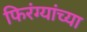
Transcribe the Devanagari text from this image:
फिरंग्यांच्या